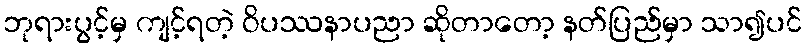
ဘုရားပွင့်မှ ကျင့်ရတဲ့ ဝိပဿနာပညာ ဆိုတာတော့ နတ်ပြည်မှာ သာ၍ပင်